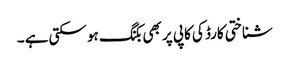
شناختی کارڈ کی کاپی پر بھی بکنگ ہو سکتی ہے ۔